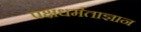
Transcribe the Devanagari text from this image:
पक्षधर्मताज्ञान